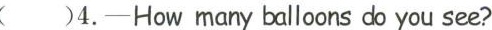
( )4.-How many balloons do you see?